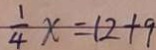
\frac { 1 } { 4 } x = 1 2 + 9